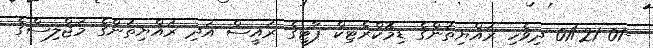
-01 01/21 ދިވެހި ރައްޔިތުންގެ ޑިމޮކްރެޓިކް ޕާޓީގެ ރައީސް އަދި ރައްޔިތުންގެ މަޖްލިސްގެ